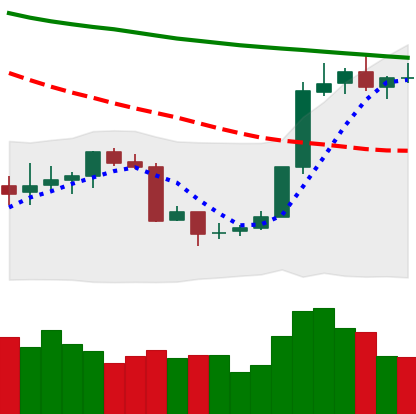
Ticker: BTC-USD
Chart end date: 2018-07-22
Forward return: 10.063%
Label: up_7plus